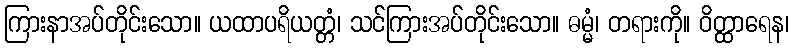
ကြားနာအပ်တိုင်းသော။ ယထာပရိယတ္တံ၊ သင်ကြားအပ်တိုင်းသော။ ဓမ္မံ၊ တရားကို။ ဝိတ္ထာရေန၊